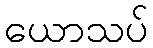
ယောသပ်